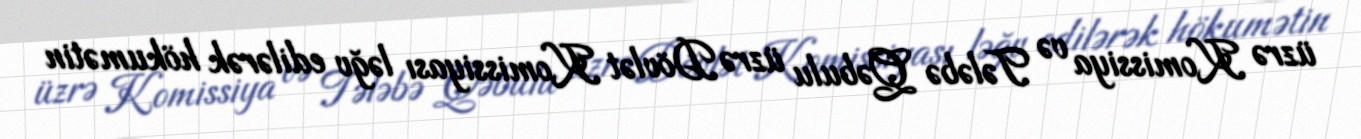
üzrə Komissiya və Tələbə Qəbulu üzrə Dövlət Komissiyası ləğv edilərək hökumətin